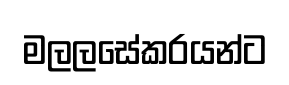
මලලසේකරයන්ට